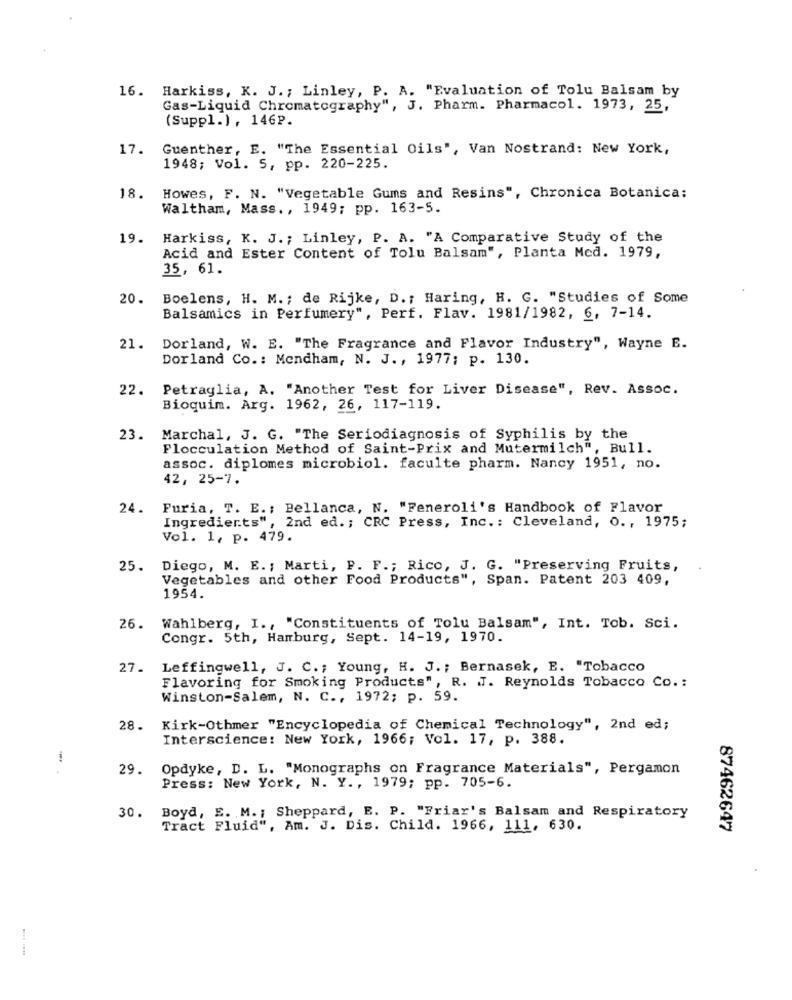
16. Harkiss, K. J. ; Linley, P. A. "Evaluation of Tolu Balsam by
Gas-Liquid Chromatography", J. Pharm. Pharmacol. 1973, 25,
(Suppl.), 146₽.
17.
Guenther, E. "The Essential Oils", Van Nostrand: New York,
1948; Vol. 5, pp. 220-225.
18.
Howes, F. N. "Vegetable Gums and Resins", Chronica Botanica:
Waltham, Mass ., 1949; pp. 163-5.
19.
Harkiss, K. J. ; Linley, P. A. "A Comparative Study of the
Acid and Ester Content of Tolu Balsam", Planta Med. 1979,
35, 61.
20.
Boelens, H. M. ; de Rijke, D .: Haring, H. G. "Studies of Some
Balsamics in Perfumery", Perf. Flav. 1981/1982, 6, 7-14.
21.
Dorland, W. E. "The Fragrance and Flavor Industry", Wayne E.
Dorland Co .: Mendham, N. J ., 1977; p. 130.
22.
Petraglia, A. "Another Test for Liver Disease", Rev. Assoc.
Bioquim. Arg. 1962, 26, 117-119.
23.
Marchal, J. G. "The Seriodiagnosis of Syphilis by the
Flocculation Method of Saint-Prix and Mutermilch", Bull.
assoc. diplomes microbiol. faculte pharm. Nancy 1951, no.
42, 25-7.
24. Furia, T. E .; Bellanca, N. "Feneroli's Handbook of Flavor
Ingredients", 2nd ed .; CRC Press, Inc .: Cleveland, o ., 1975;
Vol. 1, p. 479.
25.
Diego, M. E. ; Marti, P. F .; Rico, J. G. "Preserving Fruits,
Vegetables and other Food Products", Span. Patent 203 409,
1954.
26.
Wahlberg, I ., "Constituents of Tolu Balsam", Int. Tob. Sci.
Congr. 5th, Hamburg, Sept. 14-19, 1970.
27.
Leffingwell, J. C .; Young, H. J .; Bernasek, E. "Tobacco
Flavoring for Smoking Products", R. J. Reynolds Tobacco Co .:
Winston-Salem, N. C ., 1972; p. 59.
28.
Kirk-Othmer "Encyclopedia of Chemical Technology", 2nd ed;
Interscience: New York, 1966; Vol. 17, p. 388.
-
29. Opdyke, D. L. "Monographs on Fragrance Materials", Pergamon
Press: New York, N. Y ., 1979; pp. 705-6.
30.
Boyd, E. M. ; Sheppard, E. P. "Friar's Balsam and Respiratory
Tract Fluid", Am. J. Dis. Child. 1966, 111, 630.
87462647